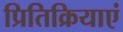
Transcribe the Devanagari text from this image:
प्रितिक्रियाएं